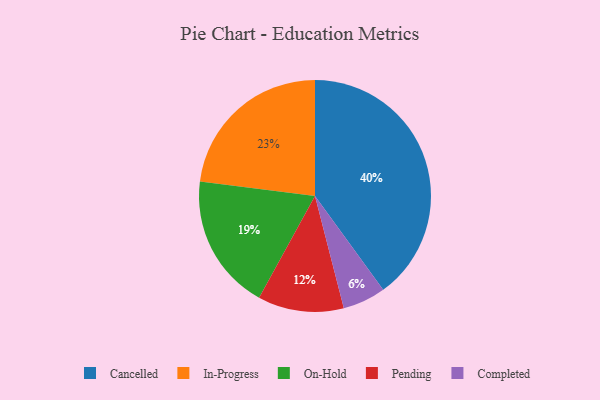
{"axis": {"x": "Category", "y": "Percentage"}, "legend": ["Cancelled", "Completed", "In-Progress", "On-Hold", "Pending"], "data": [{"x": "Pending", "y": 12, "type": "Pending"}, {"x": "Cancelled", "y": 40, "type": "Cancelled"}, {"x": "On-Hold", "y": 19, "type": "On-Hold"}, {"x": "In-Progress", "y": 23, "type": "In-Progress"}, {"x": "Completed", "y": 6, "type": "Completed"}]}